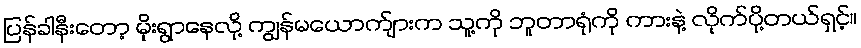
ပြန်ခါနီးတော့ မိုးရွာနေလို့ ကျွန်မယောက်ျားက သူ့ကို ဘူတာရုံကို ကားနဲ့ လိုက်ပို့တယ်ရှင့်။